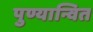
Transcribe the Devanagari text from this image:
पुण्यान्वित